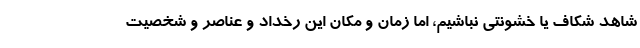
شاهد شکاف یا خشونتی نباشیم، اما زمان و مکان این رخداد و عناصر و شخصیت